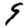
Digit: 9